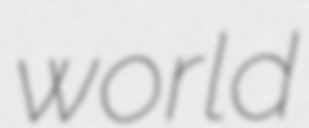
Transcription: world